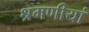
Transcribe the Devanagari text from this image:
श्रमणीयां